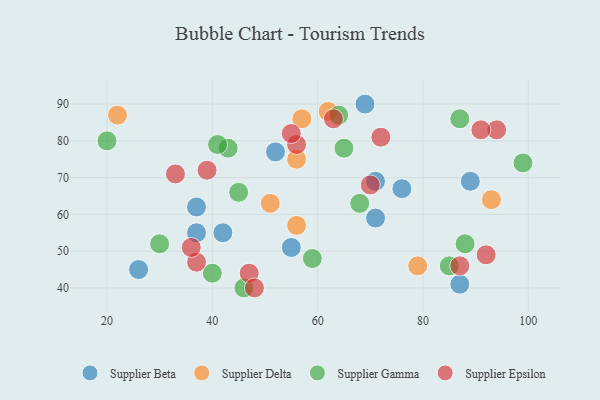
{"axis": {"x": "GDP", "y": "Life Expectancy"}, "legend": ["Supplier Beta", "Supplier Delta", "Supplier Epsilon", "Supplier Gamma"], "data": [{"x": "26", "y": 45, "type": "Supplier Beta"}, {"x": "89", "y": 69, "type": "Supplier Beta"}, {"x": "76", "y": 67, "type": "Supplier Beta"}, {"x": "55", "y": 51, "type": "Supplier Beta"}, {"x": "37", "y": 55, "type": "Supplier Beta"}, {"x": "69", "y": 90, "type": "Supplier Beta"}, {"x": "42", "y": 55, "type": "Supplier Beta"}, {"x": "71", "y": 69, "type": "Supplier Beta"}, {"x": "87", "y": 41, "type": "Supplier Beta"}, {"x": "71", "y": 59, "type": "Supplier Beta"}, {"x": "52", "y": 77, "type": "Supplier Beta"}, {"x": "37", "y": 62, "type": "Supplier Beta"}, {"x": "56", "y": 75, "type": "Supplier Delta"}, {"x": "79", "y": 46, "type": "Supplier Delta"}, {"x": "51", "y": 63, "type": "Supplier Delta"}, {"x": "22", "y": 87, "type": "Supplier Delta"}, {"x": "57", "y": 86, "type": "Supplier Delta"}, {"x": "93", "y": 64, "type": "Supplier Delta"}, {"x": "62", "y": 88, "type": "Supplier Delta"}, {"x": "56", "y": 57, "type": "Supplier Delta"}, {"x": "30", "y": 52, "type": "Supplier Gamma"}, {"x": "43", "y": 78, "type": "Supplier Gamma"}, {"x": "59", "y": 48, "type": "Supplier Gamma"}, {"x": "20", "y": 80, "type": "Supplier Gamma"}, {"x": "68", "y": 63, "type": "Supplier Gamma"}, {"x": "87", "y": 86, "type": "Supplier Gamma"}, {"x": "46", "y": 40, "type": "Supplier Gamma"}, {"x": "99", "y": 74, "type": "Supplier Gamma"}, {"x": "41", "y": 79, "type": "Supplier Gamma"}, {"x": "64", "y": 87, "type": "Supplier Gamma"}, {"x": "88", "y": 52, "type": "Supplier Gamma"}, {"x": "40", "y": 44, "type": "Supplier Gamma"}, {"x": "45", "y": 66, "type": "Supplier Gamma"}, {"x": "85", "y": 46, "type": "Supplier Gamma"}, {"x": "65", "y": 78, "type": "Supplier Gamma"}, {"x": "47", "y": 44, "type": "Supplier Epsilon"}, {"x": "39", "y": 72, "type": "Supplier Epsilon"}, {"x": "56", "y": 79, "type": "Supplier Epsilon"}, {"x": "94", "y": 83, "type": "Supplier Epsilon"}, {"x": "72", "y": 81, "type": "Supplier Epsilon"}, {"x": "33", "y": 71, "type": "Supplier Epsilon"}, {"x": "37", "y": 47, "type": "Supplier Epsilon"}, {"x": "63", "y": 86, "type": "Supplier Epsilon"}, {"x": "87", "y": 46, "type": "Supplier Epsilon"}, {"x": "48", "y": 40, "type": "Supplier Epsilon"}, {"x": "91", "y": 83, "type": "Supplier Epsilon"}, {"x": "55", "y": 82, "type": "Supplier Epsilon"}, {"x": "70", "y": 68, "type": "Supplier Epsilon"}, {"x": "36", "y": 51, "type": "Supplier Epsilon"}, {"x": "92", "y": 49, "type": "Supplier Epsilon"}]}